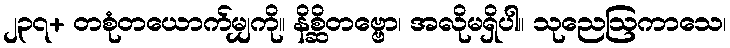
၂၃၇+ တစုံတယောက်မျှကို။ နိစ္ဆိတဗ္ဗော၊ အလိုမရှိပါ။ သုညေဩကာသေ၊